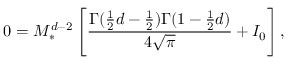
0 = M _ { \ast } ^ { d - 2 } \left[ \frac { \Gamma ( \frac { 1 } { 2 } d - \frac { 1 } { 2 } ) \Gamma ( 1 - \frac { 1 } { 2 } d ) } { 4 \sqrt { \pi } } + { \cal I } _ { 0 } \right] ,